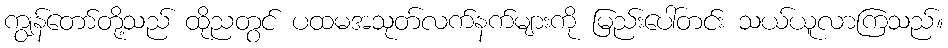
ကျွန်တော်တို့သည် ထိုညတွင် ပထမအသုတ်လက်နက်များကို မြည်းပေါ်တင်း သယ်ယူလာကြသည်။